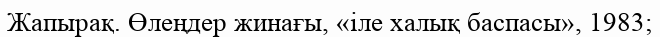
Жапырақ. Өлеңдер жинағы, «іле халық баспасы», 1983;